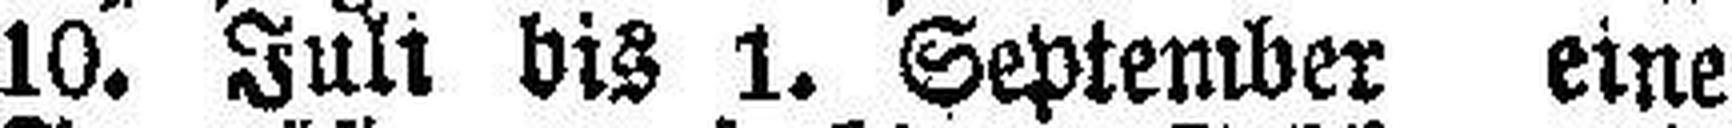
10. Juli bis 1. September eine